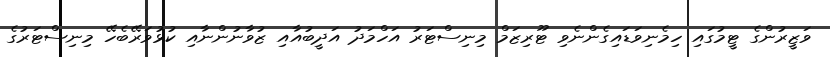
ވަޒީރުންގެ ޓީމުގައި ހިމެނިވަޑައިގެންނެވި ޓޫރިޒަމް މިނިސްޓަރު އަހްމަދު އަދީބުއާއި ޒުވާނުންނާއި ކުޅުވަރޭބެހޭ މިނިސްޓަރުގެ